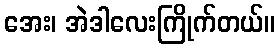
အေး၊ အဲဒါလေးကြိုက်တယ်။